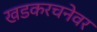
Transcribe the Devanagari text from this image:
खडकरचनेवर